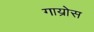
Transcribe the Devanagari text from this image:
गाय्रोस